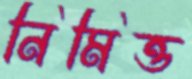
নিমিত্ত